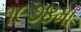
૧૯૭૪મા